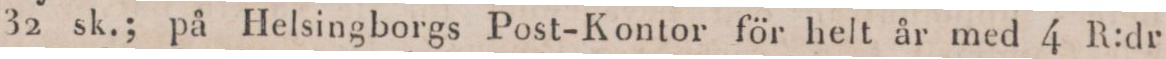
32 sk.; på Helsingborgs Post-Kontor för helt år med 4 R:dr